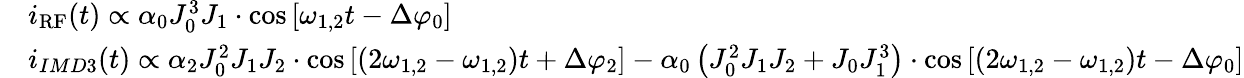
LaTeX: \begin{array}{rl}&{i_{\mathrm{RF}}(t)\propto\alpha_{0}J_{0}^{3}J_{1}\cdot\cos\left[\omega_{1,2}t-\Delta\varphi_{0}\right]}\\ &{i_{IMD3}(t)\propto\alpha_{2}J_{0}^{2}J_{1}J_{2}\cdot\cos\left[\left(2\omega_{1,2}-\omega_{1,2}\right)t+\Delta\varphi_{2}\right]-\alpha_{0}\left(J_{0}^{2}J_{1}J_{2}+J_{0}J_{1}^{3}\right)\cdot\cos\left[\left(2\omega_{1,2}-\omega_{1,2}\right)t-\Delta\varphi_{0}\right]}\end{array}